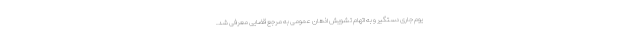
یوم جاری دستگیر و به اتهام تشویش اذهان عمومی به مرجع قضایی معرفی شد.